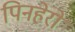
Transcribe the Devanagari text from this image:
पिनहेरो